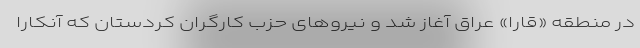
در منطقه «قارا» عراق آغاز شد و نیروهای حزب کارگران کردستان که آنکارا